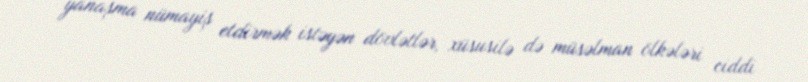
yanaşma nümayiş etdirmək istəyən dövlətlər, xüsusilə də müsəlman ölkələri ciddi